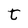
Character: t